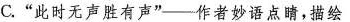
C.”此时无声胜有声”--作者妙语点睛，描绘